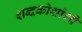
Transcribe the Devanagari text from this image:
शब्दकोशांशी